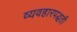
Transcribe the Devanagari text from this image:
व्यवहारपद्धती